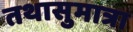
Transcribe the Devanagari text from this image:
तथासुमात्रा